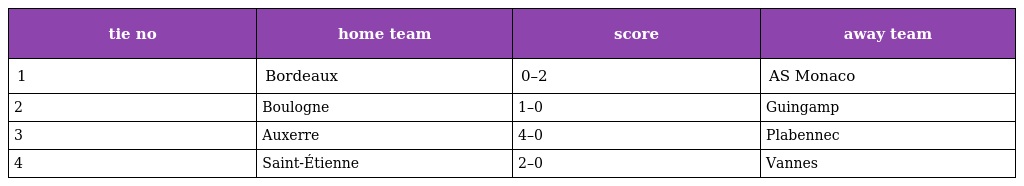
| tie no | home team | score | away team |
 | --- | --- | --- | --- |
 | 1 | Bordeaux | 0–2 | AS Monaco |
 | 2 | Boulogne | 1–0 | Guingamp |
 | 3 | Auxerre | 4–0 | Plabennec |
 | 4 | Saint-Étienne | 2–0 | Vannes |